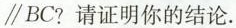
\parallel BC？请证明你的结论.